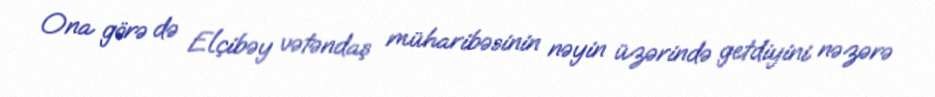
Ona görə də Elçibəy vətəndaş müharibəsinin nəyin üzərində getdiyini nəzərə